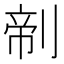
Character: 𰄺